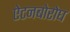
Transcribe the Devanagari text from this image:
ऐटनबोरोघ